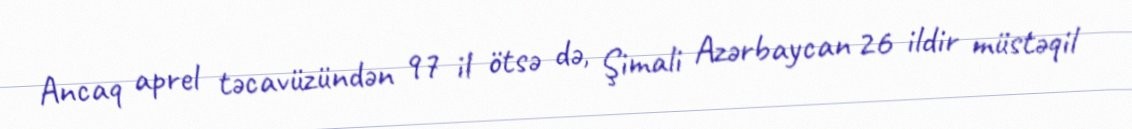
Ancaq aprel təcavüzündən 97 il ötsə də, Şimali Azərbaycan 26 ildir müstəqil